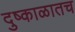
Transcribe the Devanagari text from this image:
दुष्काळातच